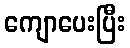
ကျောပေးပြီး